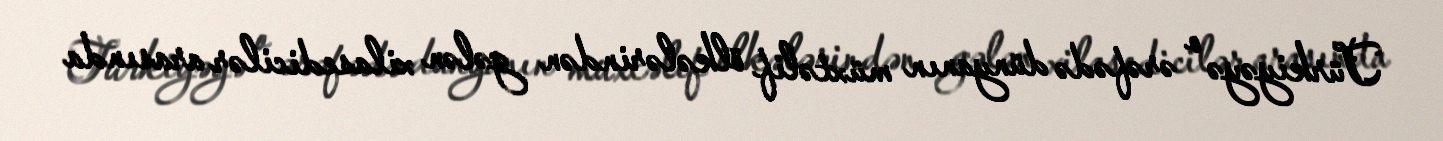
Türkiyəyə o ərəfədə dünyanın müxtəlif ölkələrindən gələn xilasedicilər arasında